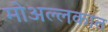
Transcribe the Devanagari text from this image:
मोअल्लकात